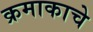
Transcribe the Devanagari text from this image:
क्रमाकाचे